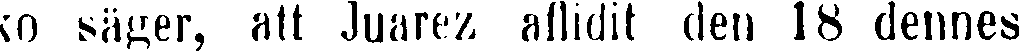
ko säger, att Juarez aflidit den 18 dennes